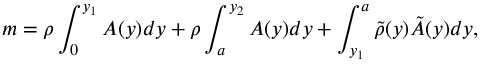
m = \rho \int _ { 0 } ^ { y _ { 1 } } A ( y ) d y + \rho \int _ { a } ^ { y _ { 2 } } A ( y ) d y + \int _ { y _ { 1 } } ^ { a } \tilde { \rho } ( y ) \tilde { A } ( y ) d y ,